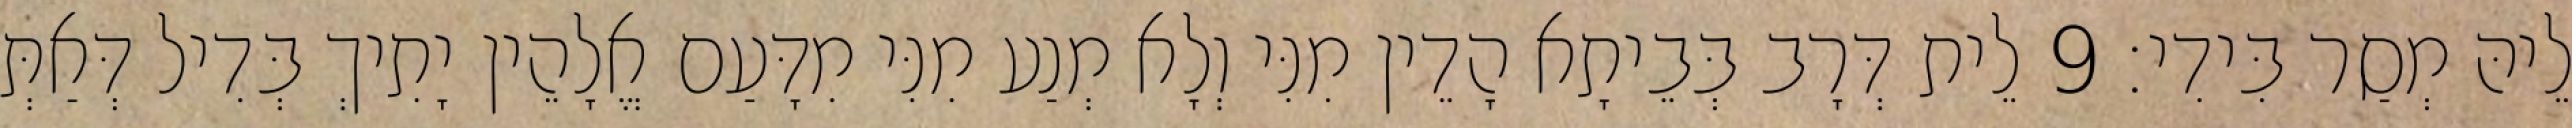
לֵיהּ מְסַר בִּידִי׃ 9 לֵית דְּרָב בְּבֵיתָא הָדֵין מִנִּי וְלָא מְנַע מִנִּי מִדָּעַם אֱלָהֵין יָתִיךְ בְּדִיל דְּאַתְּ